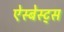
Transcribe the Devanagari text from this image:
ऐस्बेस्ट्स